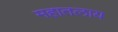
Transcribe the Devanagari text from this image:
महातलाय